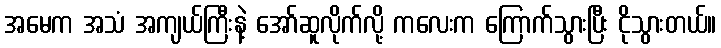
အမေက အသံ အကျယ်ကြီးနဲ့ အော်ဆူလိုက်လို့ ကလေးက ကြောက်သွားပြီး ငိုသွားတယ်။